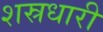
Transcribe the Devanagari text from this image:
शस्रधारी